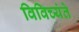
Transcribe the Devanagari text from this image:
विविच्यंते